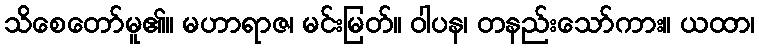
သိစေတော်မူ၏။ မဟာရာဇ၊ မင်းမြတ်။ ဝါပန၊ တနည်းသော်ကား။ ယထာ၊